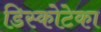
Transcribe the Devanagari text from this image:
डिस्कोटेका